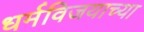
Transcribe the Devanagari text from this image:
धर्मविजयाच्या